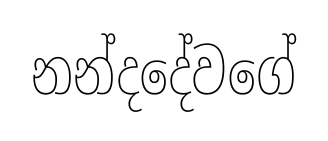
නන්දදේවගේ